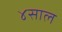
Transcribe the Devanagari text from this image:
४साल